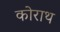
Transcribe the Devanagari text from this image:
कोराथ